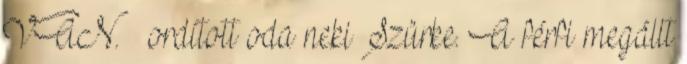
VAN. – ordított oda neki Szürke. A férfi megállt